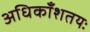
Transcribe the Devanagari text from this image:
अधिकाँशतयः